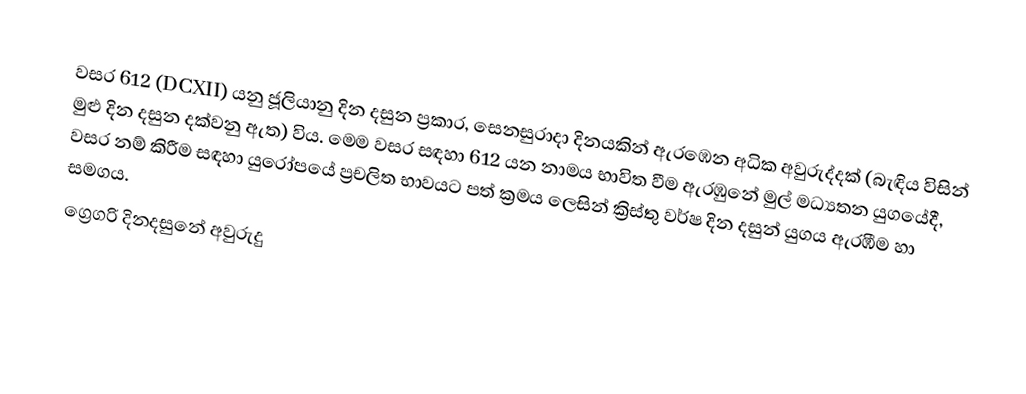
වසර  612 (DCXII) යනු ජූලියානු දින දසුන ප්‍රකාර,   සෙනසුරාදා දිනයකින් ඇරඹෙන අධික අවුරුද්දක් (බැඳිය විසින් මුළු දින දසුන දක්වනු ඇත) විය. මෙම වසර සඳහා 612 යන නාමය භාවිත වීම ඇරඹුනේ මුල් මධ්‍යතන යුගයේදී, වසර නම් කිරීම සඳහා යුරෝපයේ ප්‍රචලිත භාවයට පත් ක්‍රමය ලෙසින් ක්‍රිස්තු වර්ෂ දින දසුන් යුගය ඇරඹීම හා සමගය.
ග්‍රෙගරි දිනදසුනේ අවුරුදු